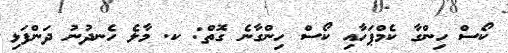
ކޯސް ހިންގާ ކެމްޕަހާއި ކޯސް ހިންގާނެ ގޮތް: ކ. މާލެ ހެނދުނު ދަންފަޅި